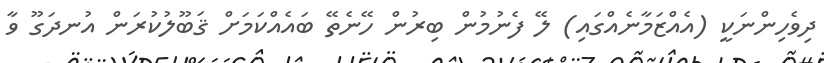
ދިވެހިންނަކީ (އެއްޒަމާނެއްގައި) ލޭ ފެނުމުން ބިރުން ހޭނެތޭ ބައެއްކަމަށް ޤަބޫލުކުރަން އުނދަގޫ ވާ